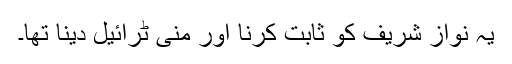
یہ نواز شریف کو ثابت کرنا اور منی ٹرائیل دینا تھا۔